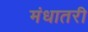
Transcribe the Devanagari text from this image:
मंधातरी